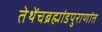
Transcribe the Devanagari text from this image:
तेथेंचब्रह्मांडपुराणांत